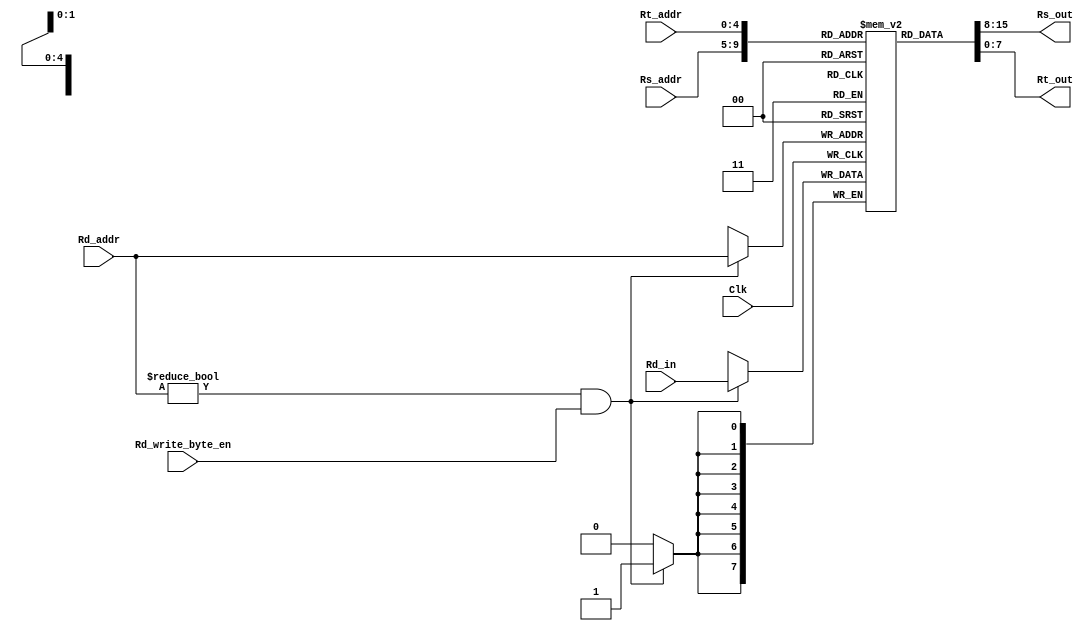
module MIPS_Single_Register(Rs_addr,Rt_addr,Rd_addr,Clk,Rd_write_byte_en,Rd_in,Rs_out,Rt_out);
input Clk;
input [4:0]Rs_addr,Rt_addr,Rd_addr;
input [7:0]Rd_in;
input Rd_write_byte_en;
output [7:0]Rs_out,Rt_out; 
reg [7:0]register[31:0];

always @(negedge Clk)
begin
	 if(Rd_addr!=0 && Rd_write_byte_en)
			register[Rd_addr][7:0] <= Rd_in[7:0];
end

assign Rs_out = register[Rs_addr];
assign Rt_out = register[Rt_addr];

endmodule